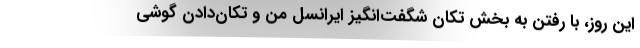
این روز، با رفتن به بخش تکان شگفت‌انگیز ایرانسل من و تکان‌دادن گوشی